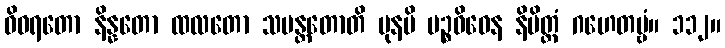
ဝိဝရတော နိန္နတော ထလတော သမန္တတောတိ ပုနပိ ပဉ္စဝိဓေန နိမိတ္တံ ဂဟေတဗ္ဗံ။ ၁၁၂။